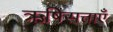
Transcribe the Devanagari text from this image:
ऋषिसत्ताएँ